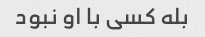
بله کسی با او نبود